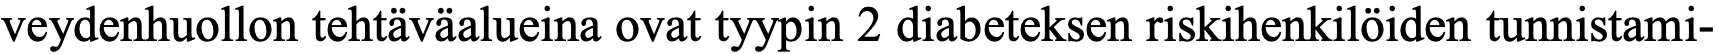
veydenhuollon tehtäväalueina ovat tyypin 2 diabeteksen riskihenkilöiden tunnistami-